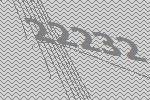
22232